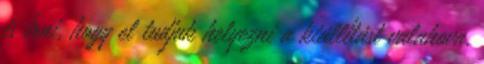
is írni, hogy el tudjuk helyezni a kiállítást valahova.